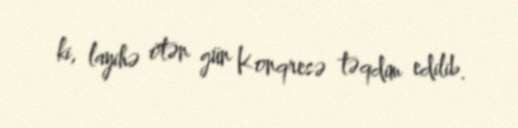
ki, layihə ötən gün Konqresə təqdim edilib.